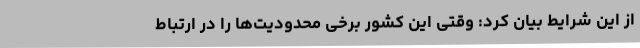
از این شرایط بیان کرد: وقتی این کشور برخی محدودیت‌ها را در ارتباط